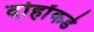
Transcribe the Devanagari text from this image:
दोहोंकडे